Annual report of the Imperial Bacteriologist
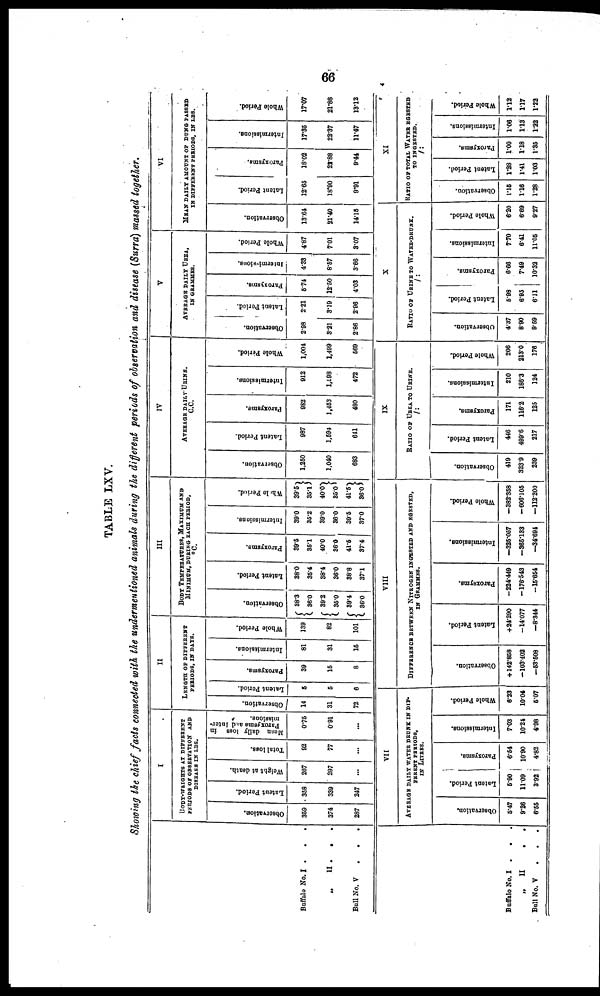
66
TABLE LXV.
Showing the chief facts connected with the undermentioned animals during the different periods of observation and disease (Surra) massed together.
Buffalo No. I . . .
„ II . . .
Bull No. V
.
.
.
I
BODY-WEIGHTS AT DIFFERENT
PERIODS OF OBSERVATION AND
DISEASE IN LBS.
Observation.
359
374
287
Latent Period.
368
339
247
Weight at death.
267
297
...
Total loss.
92
77
...
Mean daily loss in
Paroxysms and Inter-
missions.
0.75
0.91
...
II
LENGTH OF DIFFERENT
PERIODS, IN DAYS.
Observation.
14
31
72
Latent Period.
5
5
6
Paroxysms.
39
15
8
Intermissions.
31
31
15
Whole Period.
139
82
101
III
BODY TEMPERATURE, MAXIMUM AND
MINIMUM, DURING EACH PERIOD.
°C.
Observation.
38.3
{ 36.0
38.2
{ 35.0
39.4
{ 36.0
latent Period.
38.0
35.4
38.4
36.0
38.8
37.1
Paroxysms.
39.5
35.1
40.0
36.0
41.5
37.4
Intermissions.
39.0
35.2
39.0
36.0
39.5
37.0
Whole Period.
39.5
}
35.1
40.0
}
35.0
41.5
} 36.0
IV
AVERAGE DAILY URINS.
C.C.
Observation.
1,250
1,040
683
Latent Period.
987
1,594
641
Paroxysms.
982
1,453
480
Intermissions.
912
1,898
472
Whole Period.
1,004
1,499
569
V
AVERAGE DAILY UREA,
IN GRAMMES.
Observation.
2.98
3.21
2.86
Latent Period.
221
3.19
2.96
Paroxysms.
5.74
12.50
4.03
Intermissions.
4.33
8.57
3.66
Whole Period.
4.87
7.01
3.07
VI
MEAN DAILY AMOUNT OF DUNG PASSED
IN DIFFERENT PERIODS, IN LBS.
Observation.
13.64
21.40
14.15
Latent Period.
12.65
18.90
9.91
Paroxysms.
18.02
22.88
9.44
Intermissions.
17.35
22.37
11.47
Whole Period.
17.07
21.86
13.12
Buffalo No. I . . .
„
II
.
.
Bull No. V
.
.
.
VII
AVERAGE DAILY WATER DRUNK IN DIF-
FERENT PERIODS,
IN LITERS.
Observation.
5.47
9.26
6.55
Latent Period.
5.90
11.09
3.92
Paroxysms.
6.54
10.90
4.82
Intermissions.
7.03
10.24
4.98
Whole Period.
6.23
10.04
5.07
VIII
DIFFERENCE BETWEEN NITROGEN INGESTED AND EGESTED,
IN GRAMMES.
Observation.
+142.858
-103.402
-53.508
Latent Period.
+24.290
-14.077
-8.344
Paroxsyms.
-224.449
-176.543
-15.654
Intermissions.
-325.057
-365.133
-34.694
Whole Period.
-382.358
-606.105
-112.200
IX
RATIO OF UREA TO URINE.
/:
Observation.
419
323.9
239
Latent Period.
446
488.6
217
Paroxysms.
171
116.2
125
Intermissions.
210
186.3
124
Whole Period.
206
213.0
176
X
RATIO OF URINE TO WATER-DRUNK.
/:
Observation.
4.37
8.90
9.59
Latent Period.
5.98
6.95
6.11
Paroxysms.
8.88
7.49
10.32
Intermissions.
7.70
6.41
11.05
Whole Period.
6.20
6.69
9.27
XI
RATIO OF TOTAL WATER EGESTED
TO INGESTED.
/:
Observation.
1.15
1.16
1.28
Latent Period.
1.38
1.41
1.03
Paroxysms.
1.00
1.18
1.35
Intermissions.
1.06
1.13
1.22
Whole Period.
1.12
1.17
1.22